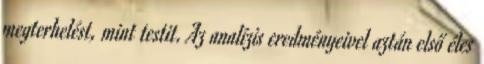
megterhelést, mint testit. Az analízis eredményeivel aztán első éles